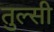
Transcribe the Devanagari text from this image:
तुल्सी